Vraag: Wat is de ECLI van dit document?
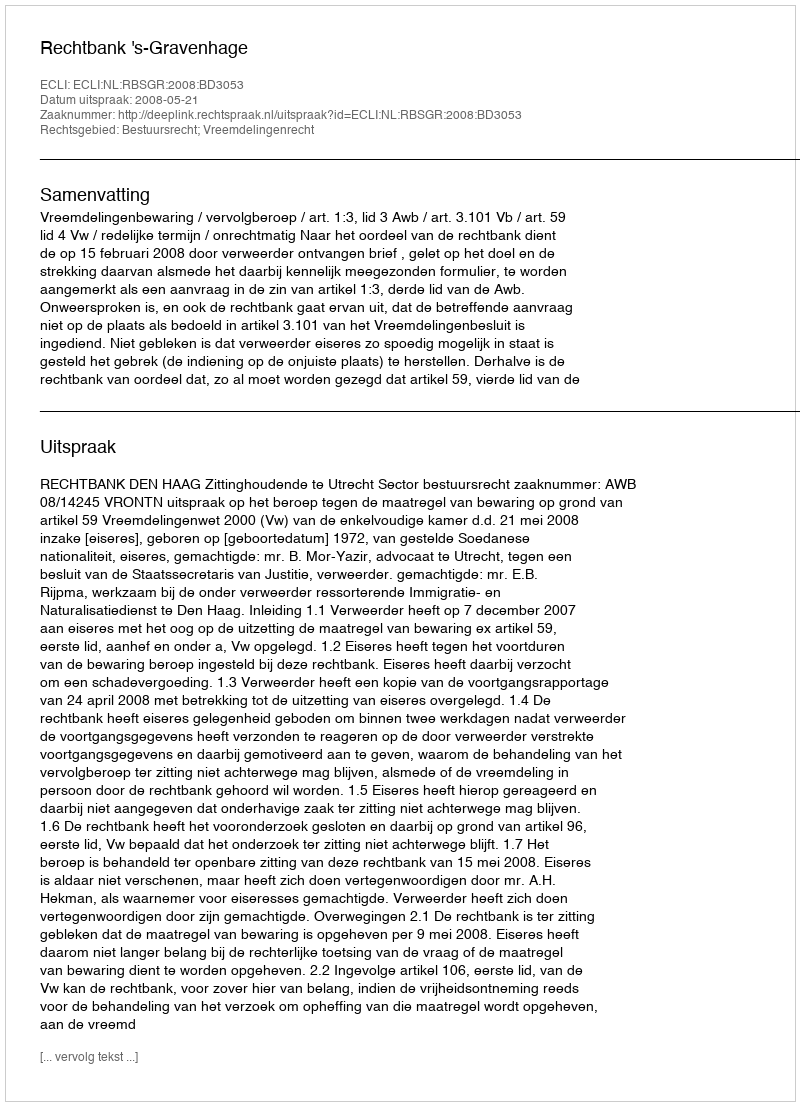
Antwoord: ECLI:NL:RBSGR:2008:BD3053